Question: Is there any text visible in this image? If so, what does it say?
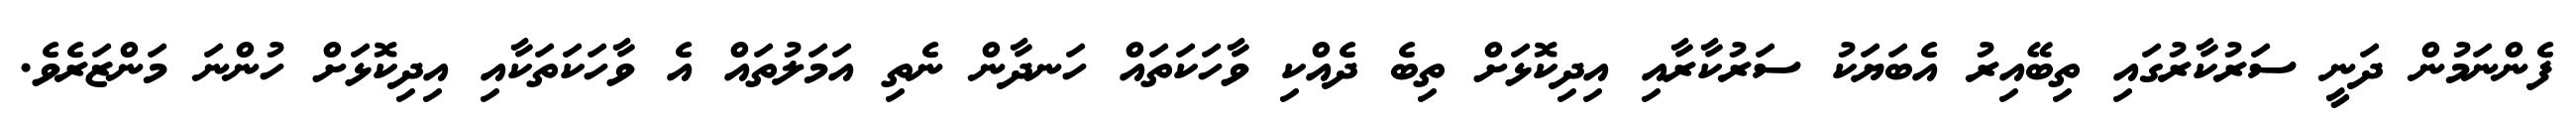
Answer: ފެންނަމުން ދަނީ ސަރުކާރުގައި ތިބޭއިރު އެބަޔަކު ސަރުކާރާއި އިދިކޮޅަށް ތިބެ ދެއްކި ވާހަކަތައް ހަނދާން ނެތި އަމަލުތައް އެ ވާހަކަތަކާއި އިދިކޮޅަށް ހުންނަ މަންޒަރެވެ.